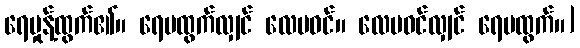
ရေမှုန့်ထွက်၏။ ရေမထွက်လျှင် လေမဝင်။ လေမဝင်လျှင် ရေမထွက်။]